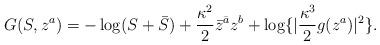
LaTeX: \begin{align*}G(S, z^a)= -\log(S + \bar S) + \frac{\kappa^2}{2} \bar z^{\bar a} z^b + \log\lbrace |\frac{\kappa^3}{2} g(z^a)|^2 \rbrace.\end{align*}